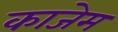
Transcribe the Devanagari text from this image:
काजेम